Registration of youth, 1941
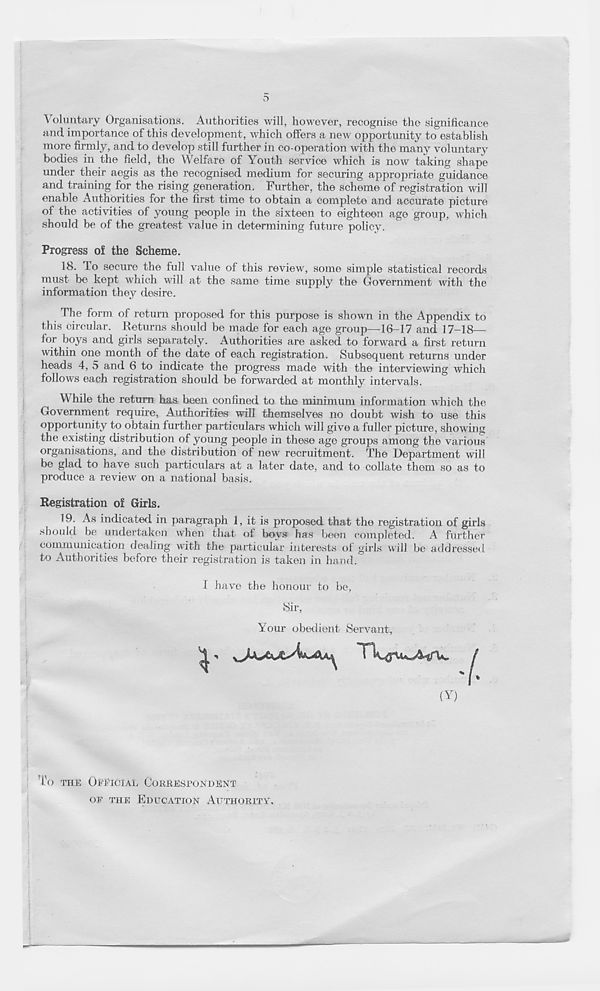
Voluntary Organisations. Authorities will, however, recognise the significance
and importance of this development , which offers a new opportunity to establish
more firmly, and to develop still further in co-operation with the many voluntary
bodies in the field, the Welfare of Youth service which is now taking shape
under their aegis as the recognised medium for securing appropriate guidance
and training for the rising generation. Further, the scheme of registration will
enable Authorities for the first time to obtain a complete and accurate picture
of the activities of young people in the sixteen to eighteen age group, which
should be of the greatest value in determining future policy.
Progress oi the Scheme.
18. To secure the full value of this review, some simple statistical records
must be kept which will at the same time supply the Government with the
information they desire.
The form of return proposed for this purpose is shown in the Appendix to
this circular. Returns should be made for each age group—16-17 and 17-18—
for boys and girls separately. Authorities are asked to forward a first return
within one month of the date of each registration. Subsequent returns under
heads 4, 5 and 6 to indicate the progress made with the interviewing which
follows each registration should be forwarded at monthly intervals.
W hile the return has been confined to the minimum information which the
Government require, Authorities will themselves no doubt wish to use this
opportunity to obtain further particulars which will give a fuller picture, showing
the existing distribution of young people in these age groups among the various
organisations, and the distribution of new recruitment. The Department will
be glad to have such particulars at a later date, and to collate them so as to
produce a review on a national basis.
Registration of Girls.
19. As indicated in paragraph 1, it is proposed that the registration of girls
should be undertaken when that of hoys has been completed. A further
communication dealing with the particular interests of girls will be addressed
to Authorities before their registration is taken in hand.
i have the honour to be,
Sir,
Your obedient Servant,
(Y)
To THE OiEioiAL CORRESPONDENT
OF THE EDUCATION AUTHORITY.